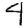
Digit: 4